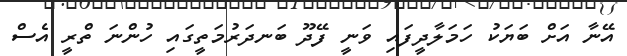
އޭނާ އަށް ބަޔަކު ހަމަލާދީފައި ވަނީ ފޭދޫ ބަނދަރުމަތީގައި ހުންނަ ތްރީ އެސް